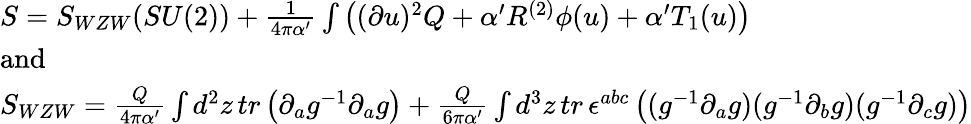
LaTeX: \begin{array}{l}{{S=S_{WZW}(SU(2))+\frac{1}{4\pi\alpha^{\prime}}\int\left((\partial u)^{2}Q+\alpha^{\prime}R^{(2)}\phi(u)+\alpha^{\prime}T_{1}(u)\right)}}\\ {{\mathrm{and}}}\\ {{S_{WZW}=\frac{Q}{4\pi\alpha^{\prime}}\int d^{2}z\, tr\left(\partial_{a}g^{-1}\partial_{a}g\right)+\frac{Q}{6\pi\alpha^{\prime}}\int d^{3}z\, tr\, \epsilon^{abc}\left((g^{-1}\partial_{a}g)(g^{-1}\partial_{b}g)(g^{-1}\partial_{c}g)\right)}}\end{array}